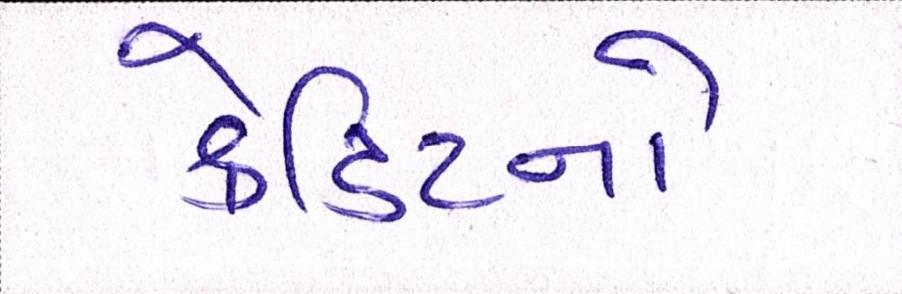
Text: ક્રેડિટનો